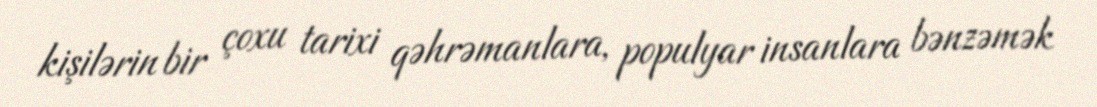
kişilərin bir çoxu tarixi qəhrəmanlara, populyar insanlara bənzəmək